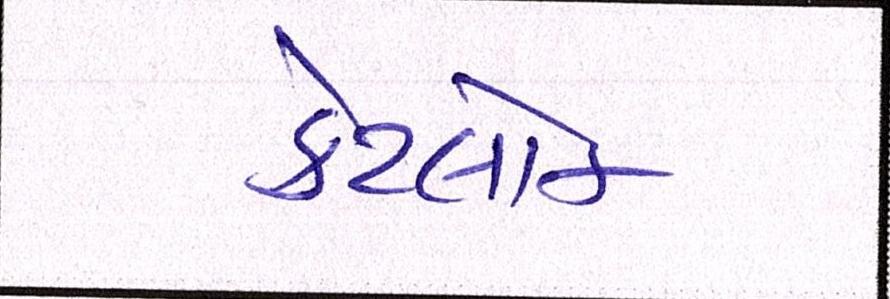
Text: કેટલોક